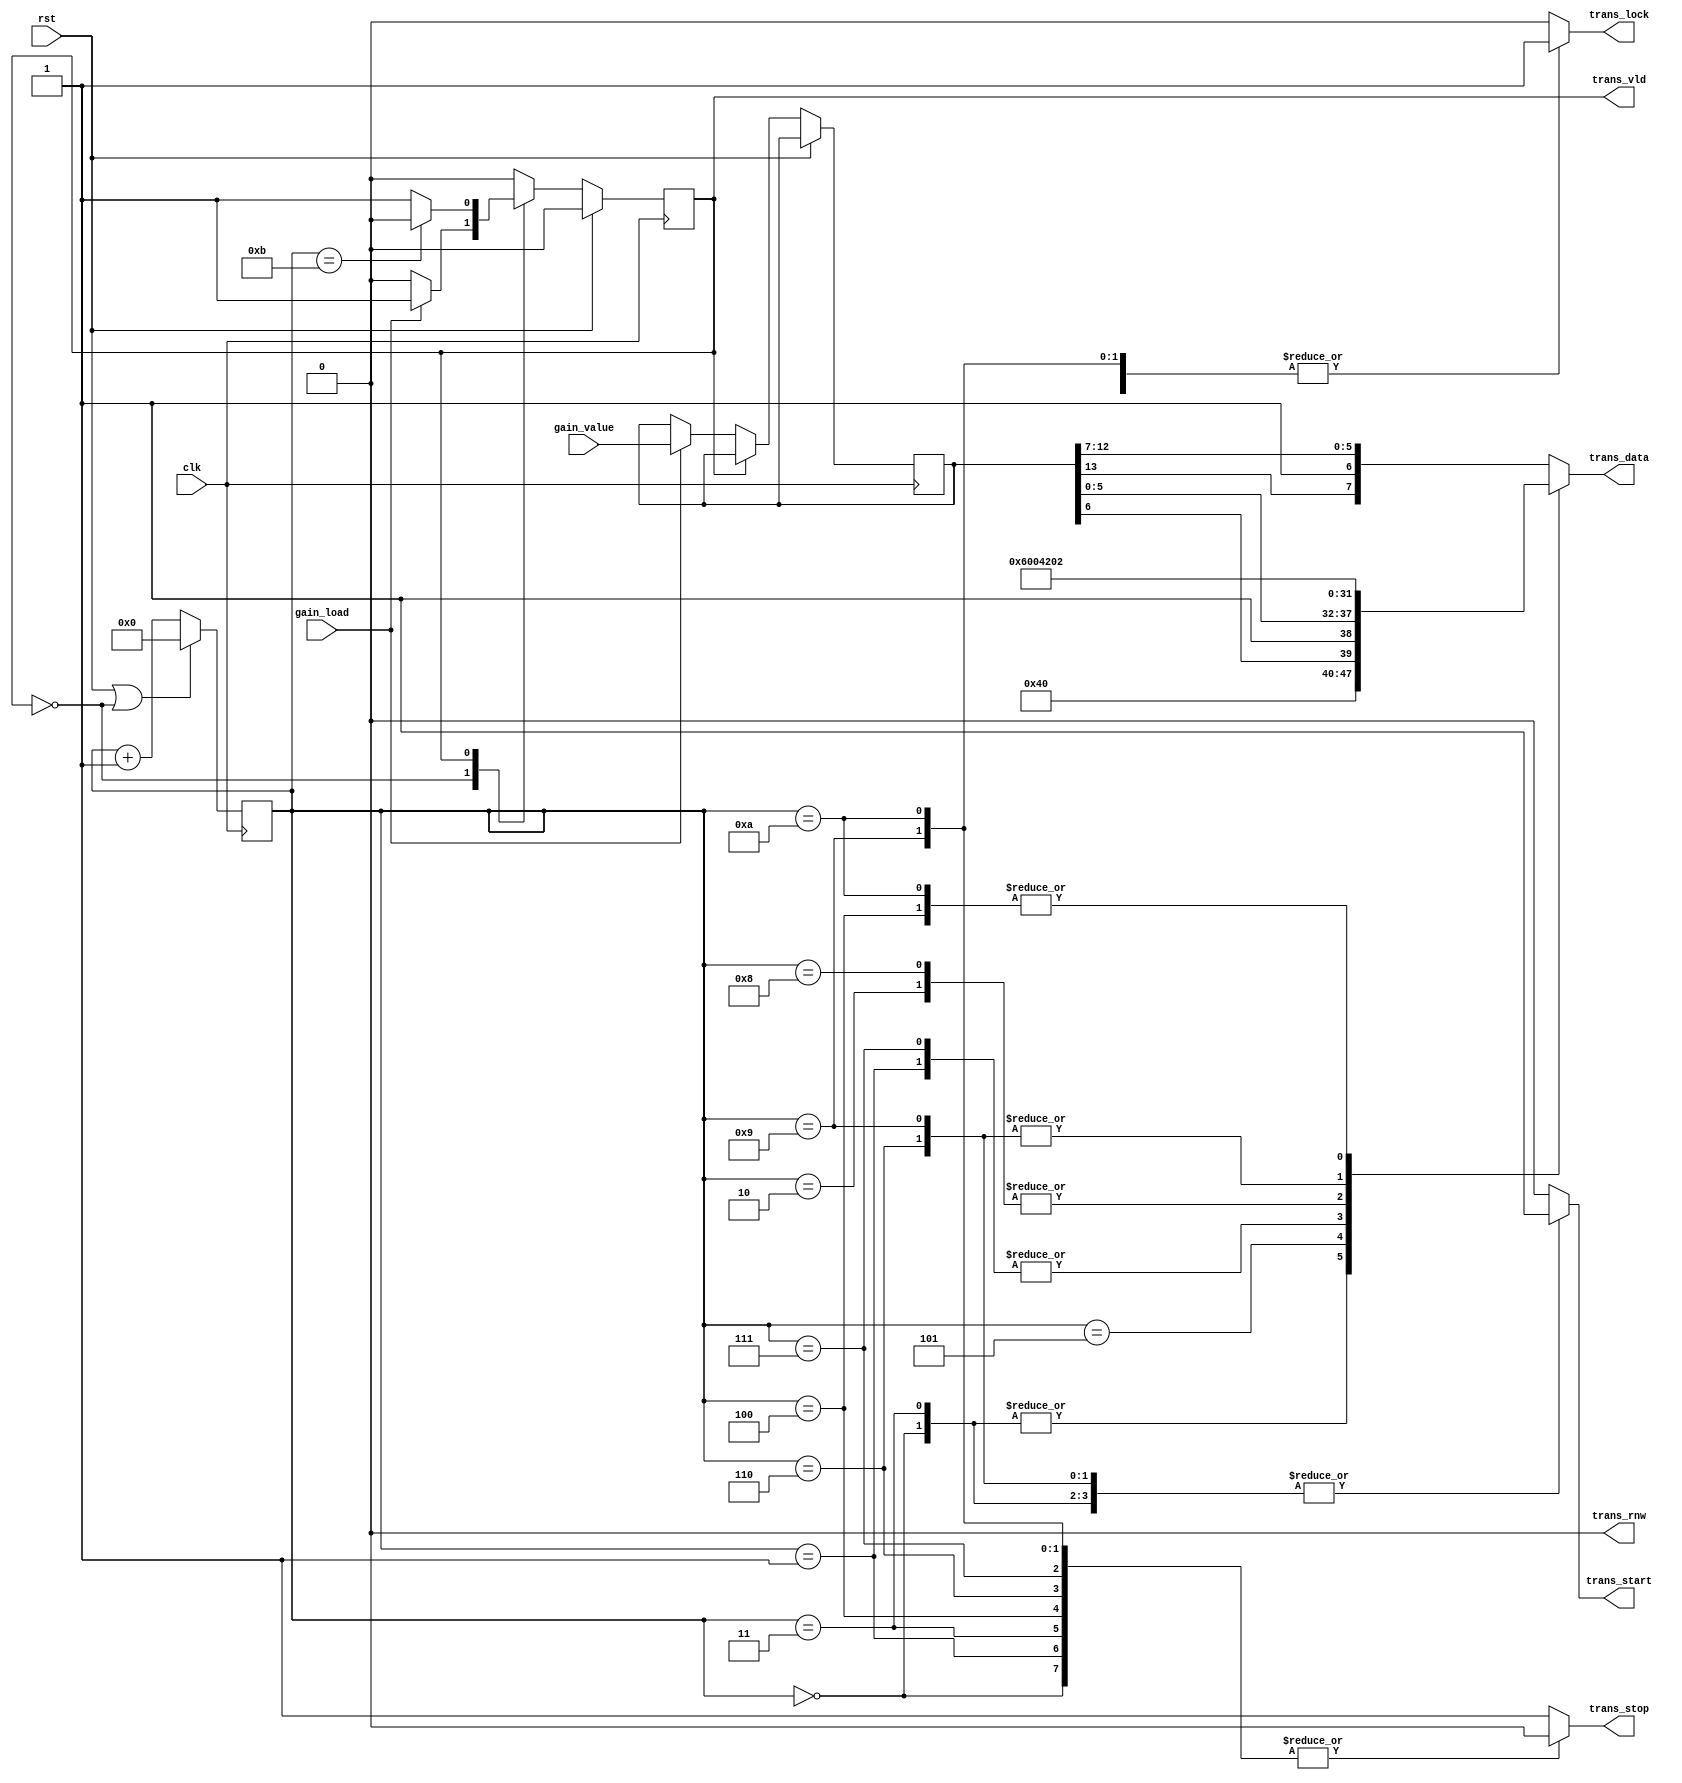
`timescale 1ns/1ps
module gain_set (
    input         clk,
    input         rst,
    input  [13:0] gain_value,
    input         gain_load,

    output        trans_vld,
    output  [7:0] trans_data,
    output        trans_start,
    output        trans_stop,
    output        trans_rnw,
    output        trans_lock
  );

  reg state;
  localparam STATE_IDLE = 0;
  localparam STATE_RUN  = 1;

  reg [3:0] progress;
  localparam NUM_OPS = 12;

  reg [13:0] gain_value_latch;


  always @(posedge clk) begin
    if (rst) begin
      state <= STATE_IDLE;
    end else begin
      case (state)
        STATE_IDLE: begin
          if (gain_load) begin
            gain_value_latch <= gain_value;
            state <= STATE_RUN;
          end
        end
        STATE_RUN: begin
          if (progress == NUM_OPS - 1) begin
            state <= STATE_IDLE;
          end
        end
      endcase
    end
  end

  always @(posedge clk) begin
    if (rst || state == STATE_IDLE) begin
      progress <= 0;
    end else begin
      progress <= progress + 1;
    end
  end

  localparam GPIO_IIC_ADDRQ = 7'h21;
  localparam GPIO_IIC_ADDRI = 7'h20;
  localparam IIC_WR = 1'b0;

  localparam GPIO_REG_OEN = 8'h6;
  localparam GPIO_REG_OUT = 8'h2;

  reg [7:0] trans_data_reg;
  reg       trans_start_reg;
  reg       trans_stop_reg;
  reg       trans_rnw_reg;
  reg       trans_lock_reg;

  assign trans_data   = trans_data_reg;
  assign trans_start  = trans_start_reg;
  assign trans_stop   = trans_stop_reg;
  assign trans_rnw    = trans_rnw_reg;
  assign trans_lock   = trans_lock_reg;

  always @(*) begin
    case (progress[3:0])
      0: begin
        trans_lock_reg   <= 1'b1;
        trans_rnw_reg    <= 1'b0;
        trans_start_reg  <= 1'b1;
        trans_stop_reg   <= 1'b0;
        trans_data_reg   <= {GPIO_IIC_ADDRI, IIC_WR};
      end
      1: begin
        /* First Set the ouput enables for the IIC GPIO expansion IC */
        trans_lock_reg   <= 1'b1;
        trans_rnw_reg    <= 1'b0;
        trans_start_reg  <= 1'b0;
        trans_stop_reg   <= 1'b0;
        trans_data_reg   <= GPIO_REG_OEN;
      end
      2: begin
        /* set the register to 0x0, all outputs enabled */
        trans_lock_reg   <= 1'b1;
        trans_rnw_reg    <= 1'b0;
        trans_start_reg  <= 1'b0;
        trans_stop_reg   <= 1'b1;
        trans_data_reg   <= 8'b0;
      end
      3: begin
        trans_lock_reg   <= 1'b1;
        trans_rnw_reg    <= 1'b0;
        trans_start_reg  <= 1'b1;
        trans_stop_reg   <= 1'b0;
        trans_data_reg   <= {GPIO_IIC_ADDRI, IIC_WR};
      end
      4: begin
        /* Load the address of the output control register */
        trans_lock_reg   <= 1'b1;
        trans_rnw_reg    <= 1'b0;
        trans_start_reg  <= 1'b0;
        trans_stop_reg   <= 1'b0;
        trans_data_reg   <= GPIO_REG_OUT;
      end
      5: begin
        /* Load the address of the output control register */
        trans_lock_reg   <= 1'b1;
        trans_rnw_reg    <= 1'b0;
        trans_start_reg  <= 1'b0;
        trans_stop_reg   <= 1'b1;
        trans_data_reg   <= {gain_value_latch[6], 1'b1, gain_value_latch[5:0]};
      end
      6: begin
        trans_lock_reg   <= 1'b1;
        trans_rnw_reg    <= 1'b0;
        trans_start_reg  <= 1'b1;
        trans_stop_reg   <= 1'b0;
        trans_data_reg   <= {GPIO_IIC_ADDRQ, IIC_WR};
      end
      7: begin
        /* First Set the ouput enables for the IIC GPIO expansion IC */
        trans_lock_reg   <= 1'b1;
        trans_rnw_reg    <= 1'b0;
        trans_start_reg  <= 1'b0;
        trans_stop_reg   <= 1'b0;
        trans_data_reg   <= GPIO_REG_OEN;
      end
      8: begin
        /* set the register to 0x0, all outputs enabled */
        trans_lock_reg   <= 1'b1;
        trans_rnw_reg    <= 1'b0;
        trans_start_reg  <= 1'b0;
        trans_stop_reg   <= 1'b1;
        trans_data_reg   <= 8'b0;
      end
      9: begin
        trans_lock_reg   <= 1'b1;
        trans_rnw_reg    <= 1'b0;
        trans_start_reg  <= 1'b1;
        trans_stop_reg   <= 1'b0;
        trans_data_reg   <= {GPIO_IIC_ADDRQ, IIC_WR};
      end
      10: begin
        /* Load the address of the output control register */
        trans_lock_reg   <= 1'b1;
        trans_rnw_reg    <= 1'b0;
        trans_start_reg  <= 1'b0;
        trans_stop_reg   <= 1'b0;
        trans_data_reg   <= GPIO_REG_OUT;
      end
      default: begin
        /* Load the address of the output control register */
        trans_lock_reg   <= 1'b0;
        trans_rnw_reg    <= 1'b0;
        trans_start_reg  <= 1'b0;
        trans_stop_reg   <= 1'b1;
        trans_data_reg   <= {gain_value_latch[13], 1'b1, gain_value_latch[12:7]};
      end
    endcase
  end

  assign trans_vld = state == STATE_RUN;


endmodule